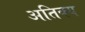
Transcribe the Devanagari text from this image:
अतिक्य